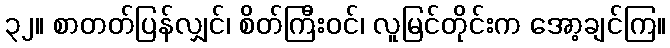
၃၂။ စာတတ်ပြန်လျှင်၊ စိတ်ကြီးဝင်၊ လူမြင်တိုင်းက အော့ချင်ကြ။